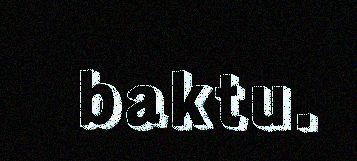
baktu.